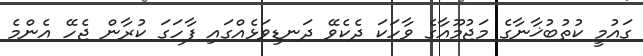
ގައުމީ ކުތުބުޚާނާގެ މަޖުމޫއާގެ ވާހަކަ ދެކެވޭ ދަނޑިވަޅެއްގައި ފާހަގަ ކުރާން ޖެހޭ އެންމެ